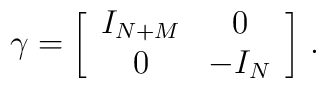
\gamma = \biggl[ \begin{array}{cc} I_{N+M} & 0 \\ 0 & - I_N \end{array}\biggr]\ .